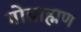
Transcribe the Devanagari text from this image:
गोब्राह्मण